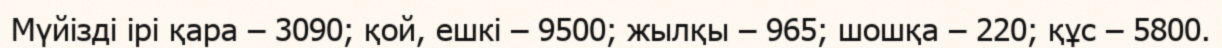
Мүйізді ірі қара – 3090; қой, ешкі – 9500; жылқы – 965; шошқа – 220; құс – 5800.